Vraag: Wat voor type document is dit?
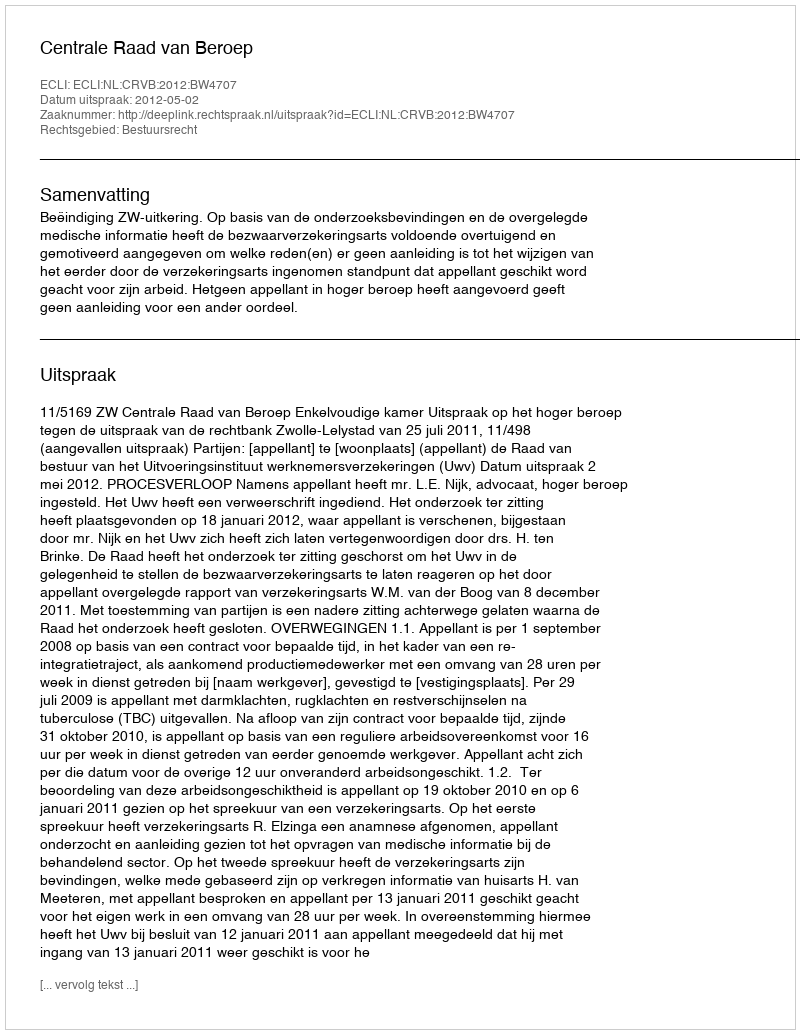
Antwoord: Uitspraak